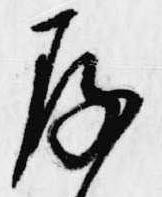
存